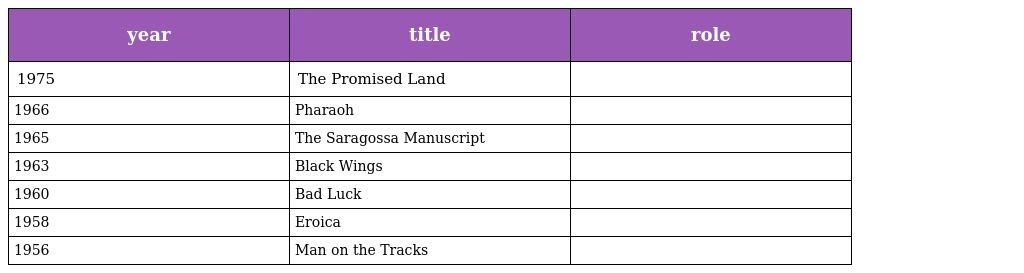
| year | title | role |
 | --- | --- | --- |
 | 1975 | The Promised Land |  |
 | 1966 | Pharaoh |  |
 | 1965 | The Saragossa Manuscript |  |
 | 1963 | Black Wings |  |
 | 1960 | Bad Luck |  |
 | 1958 | Eroica |  |
 | 1956 | Man on the Tracks |  |